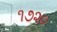
૧૭૨૦